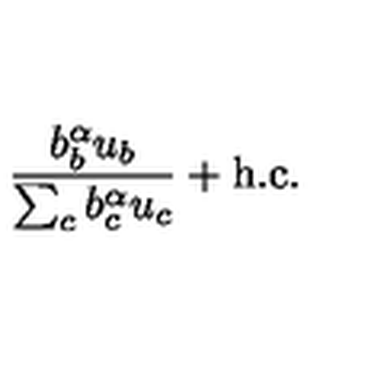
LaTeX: { \frac { b _ { b } ^ { \alpha } u _ { b } } { \sum _ { c } b _ { c } ^ { \alpha } u _ { c } } } + \mathrm { h . c . }